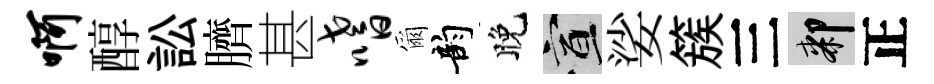
啊醇訟臍甚嗜爾韵晚宣娑簇三膝正